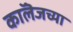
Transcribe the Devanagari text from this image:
काॅलॆजच्या